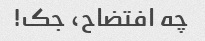
چه افتضاح، جک!